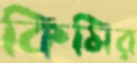
কিমির